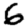
Digit: 6